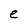
Character: e